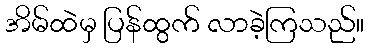
အိမ်ထဲမှ ပြန်ထွက် လာခဲ့ကြသည်။